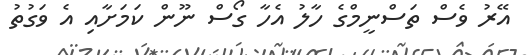
އޭރު ވެސް ތަސްނީމްގެ ހާލު އެހާ ގޯސް ނޫން ކަމަށާއި އެ ވަގުތު